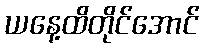
ယနေ့ထိတိုင်အောင်